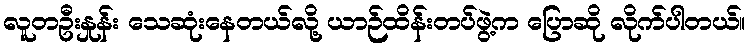
လူတဦးနှုန်း သေဆုံးနေတယ်လို့ ယာဉ်ထိန်းတပ်ဖွဲ့က ပြောဆို လိုက်ပါတယ်။